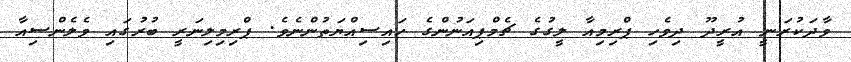
ވާދަކުރަނީ އުރީދޫ ދިވެހި ޕްރިމިއާ ލީގުގެ ޗެމްޕިއަނުންގެ ހައިސިއްޔަތުންނެވެ. ޕްރިމިލިނަރީ ބުރުގައި ވެލެންސިއާ